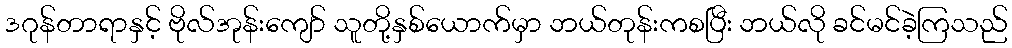
ဒဂုန်တာရာနှင့် ဗိုလ်အုန်းကျော် သူတို့နှစ်ယောက်မှာ ဘယ်တုန်းကစပြီး ဘယ်လို ခင်မင်ခဲ့ကြသည်